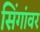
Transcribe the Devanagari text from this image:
सिंगांवर